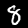
Label: 8